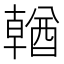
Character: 𨢈